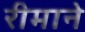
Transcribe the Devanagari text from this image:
रीमाने